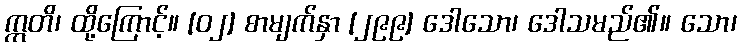
ဣတိ၊ ထို့ကြောင့်။ [၀၂] စာမျက်နှာ [၂၉၉] ဒေါသော၊ ဒေါသမည်၏။ သော၊